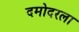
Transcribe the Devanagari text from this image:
दमोदरला